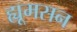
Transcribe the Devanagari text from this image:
ह्यूमसन